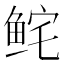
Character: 𩽽